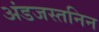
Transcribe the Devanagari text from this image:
अंडजस्तनिन